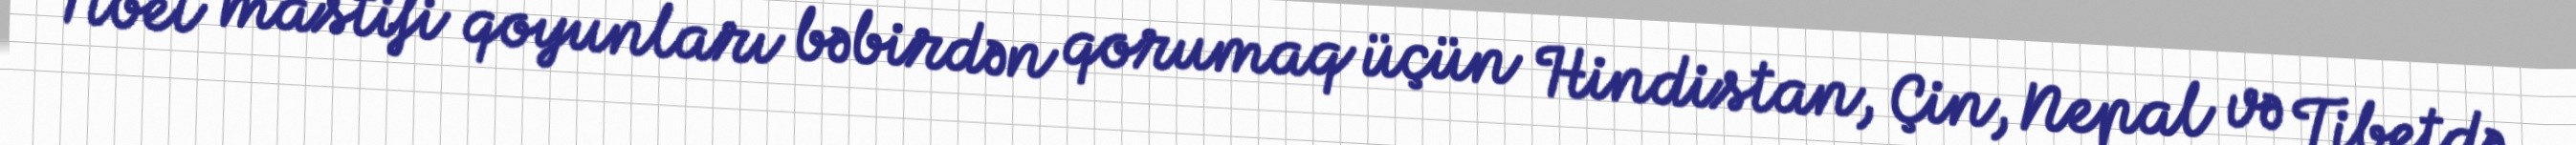
Tibet mastifi qoyunları bəbirdən qorumaq üçün Hindistan, Çin, Nepal və Tibetdə